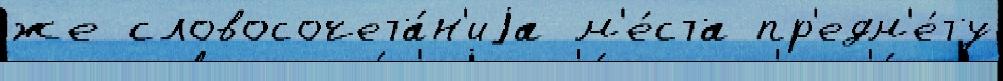
же словосочета́н'иjа м'е́ста пр'едм'е́ту